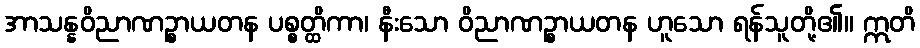
အာသန္နဝိညာဏဉ္စာယတန ပစ္စတ္ထိကာ၊ နီးသော ဝိညာဏဉ္စာယတန ဟူသော ရန်သူတို့၏။ ဣတိ